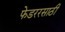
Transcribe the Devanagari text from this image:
फेडररसाठी